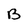
Character: B